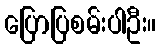
ပြောပြစမ်းပါဦး။